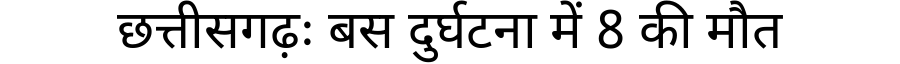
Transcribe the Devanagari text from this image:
छत्तीसगढ़ः बस दुर्घटना में 8 की मौत